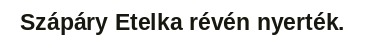
Szápáry Etelka révén nyerték.